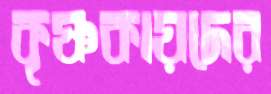
কৃষ্ণকায়দের